Lunatic asylums Punjab 1911-1921 - 1911-1921
Year: 1911
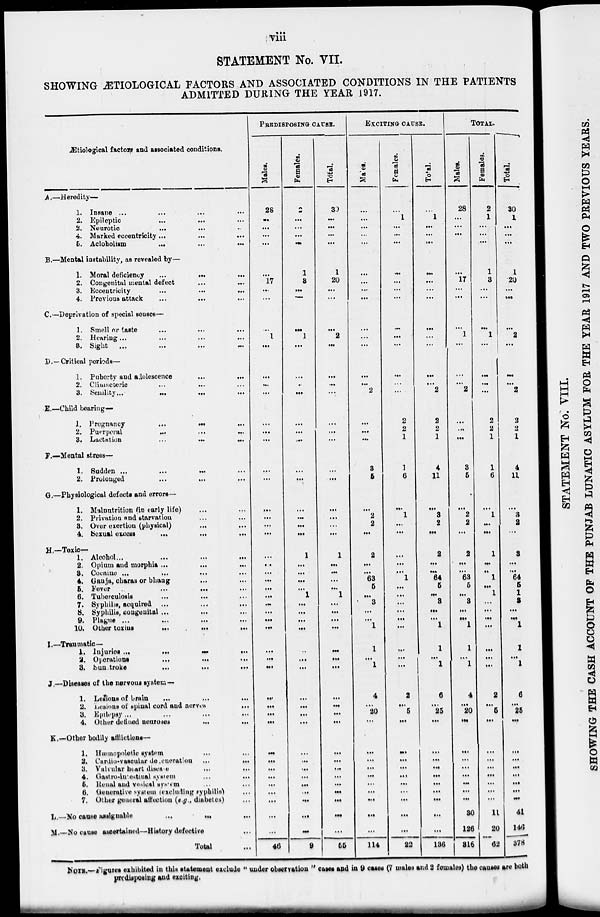
viii
STATEMENT No. VII.
SHOWING ÆTIOLOGICAL FACTORS AND ASSOCIATED CONDITIONS IN THE PATIENTS
ADMITTED DURING THE YEAR 1917.
Ætiological factors and associated conditions.
A.—Heredity—
1. Insane ... ... ... ...
2. Epileptic ... ... ...
3. Neurotic
...
...
...
4. Marked eccentricity ... ... ...
5. Acloholism
...
...
...
B.—Mental instability, as revealed by—
1. Moral deficiency
...
...
...
...
2. Congenital mental defect
...
...
...
3. Eccentricity
...
...
...
4. Previous attack ... ... ...
C.—Deprivation of special senses—
1. Smell or taste ... ... ...
2. Hearing ... ... ...
3. Sight ... ... ...
P.—Critical periods—
1. Puberty and adolescence
...
...
...
2. Climacteric ... ... ...
3. Senility
...
...
...
E.—Child bearing—
1. Pregnancy
...
...
...
2. Puerperal ... ... ...
3. Lactation ... ... ...
F.—Mental stress—
1. Sudden ... ... ...
2. Prolonged ... ... ...
G.—Physiological defects and errors—
1. Malnutrition (in early life) ... ... ...
2. Privation and starvation ... ... ...
3. Over exertion (physical) ... ... ...
4. Sexual excess
...
...
...
H.—Toxic—
1. Alcohol
...
...
...
2. Opium and morphia ... ... ...
3. Cocaine ... ... ...
4. Ganja, charas or bhang ... ... ...
5. Fever
...
...
...
6. Tuberculosis ... ... ...
7. Syphilis, acquired ... ... ...
8. Syphilis, congenital ... ... ...
9. Plague ... ... ...
10. Other toxins
...
...
...
I.—Traumatic—
1. Injuries
...
...
...
2. Operations ... ... ...
3. Sunstroke
...
...
...
J.—Diseases of the nervous system—
1. Lesions of brain ... ... ...
2. Lesions of spinal cord and nerves ... ... ...
3. Epilepsy ... ... ...
4. Other defined
neuroses
...
...
...
K.—Other bodily afflictions—
1. Hæmopoietic system ... ... ...
2. Cardio-vascular degeneration ... ... ...
3. Valvular heart
disease
...
...
...
4. Gastro-intestinal system
...
...
...
5. Renal and vesical system ... ... ...
6. Generative system (excluding syphilis) ...
7. Other general affection (e.g., diabetes) ...
L.—No cause assignable
...
...
...
M.—No cause ascertained—History defective ...
Total ...
PREDISPOSING CAUSE.
Males.
28
...
...
...
...
...
17
...
...
...
1
...
...
...
...
...
...
...
...
...
...
...
...
...
...
...
...
...
...
...
...
...
...
...
...
...
...
...
...
...
...
...
...
...
...
...
...
...
...
...
46
Females.
2
...
...
...
...
1
3
...
...
...
1
...
...
...
...
...
...
...
...
...
...
...
...
...
1
...
...
...
...
1
...
...
...
...
...
...
...
...
...
...
...
...
...
...
...
...
...
...
...
...
9
Total.
30
...
...
...
...
1
20
...
...
...
2
...
...
...
...
...
...
...
...
...
...
...
...
...
1
...
...
...
...
1
...
...
...
...
...
...
...
...
...
...
...
...
...
...
...
...
...
...
...
...
55
EXCITING
CAUSE.
Males.
...
...
...
...
...
...
...
...
...
...
...
...
...
...
2
...
...
...
3
5
...
2
2
...
2
...
...
63
5
...
3
...
...
1
1
...
1
4
...
20
...
...
...
...
...
...
...
...
...
...
114
Females.
...
1
...
...
...
...
...
...
...
...
...
...
...
...
...
2
2
1
1
6
...
1
...
...
...
...
...
1
...
...
...
...
...
...
...
...
...
2
...
5
...
...
...
...
...
...
...
...
...
...
22
Total.
...
1
...
...
...
...
...
...
...
...
...
...
...
...
2
2
2
1
4
11
...
3
2
...
2
...
...
64
5
...
3
...
...
1
1
...
1
6
...
25
...
...
...
...
...
...
...
...
...
...
136
TOTAL.
Males.
28
...
...
...
...
...
17
...
...
...
1
...
...
...
2
...
...
...
3
5
...
2
2
...
2
...
...
63
5
...
3
...
...
1
1
...
1
4
...
20
...
...
...
...
...
...
...
...
30
126
316
Females.
2
1
...
...
...
1
3
...
...
...
1
...
...
...
...
2
2
1
1
6
...
1
...
...
1
...
...
1
...
1
...
...
...
...
...
...
...
2
...
5
...
...
...
...
...
...
...
...
11
20
62
Total.
30
1
...
...
...
1
20
...
...
...
2
...
...
...
2
2
2
1
4
11
...
3
2
...
3
...
...
64
5
1
3
...
...
1
1
...
1
6
...
25
...
...
...
...
...
...
...
...
41
146
378
NOTE.—Figures exhibited in this statement exclude " under observation " cases and in 9 cases (7 males and 2 females) the causes are both
predisposing and exciting.